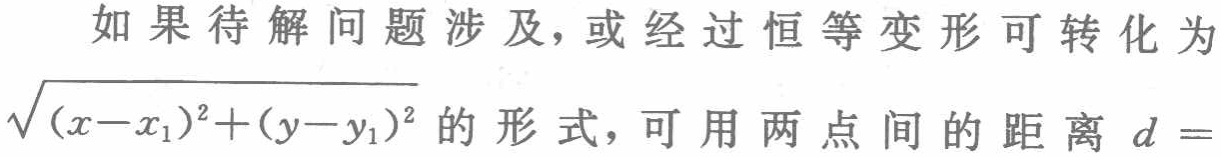
如果待解问题涉及，或经过恒等变形可转化为$\sqrt{(x - x_1)^2 + (y - y_1)^2}$的形式，可用两点间的距离$d =$